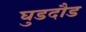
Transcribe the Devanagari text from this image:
घुडदौड